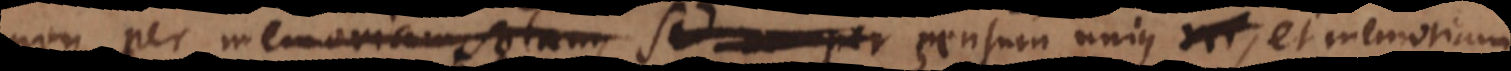
non per memoriam solam, sed sem per sensum unius, et memoriam